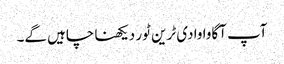
آپ آگاوا وادی ٹرین ٹور دیکھنا چاہیں گے۔